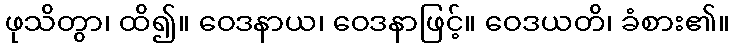
ဖုသိတွာ၊ ထိ၍။ ဝေဒနာယ၊ ဝေဒနာဖြင့်။ ဝေဒယတိ၊ ခံစား၏။